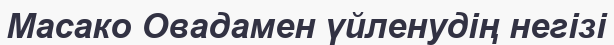
Масако Овадамен үйленудің негізі